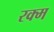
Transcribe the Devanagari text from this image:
रक्म